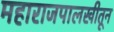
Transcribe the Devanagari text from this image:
महाराजपालखीतून